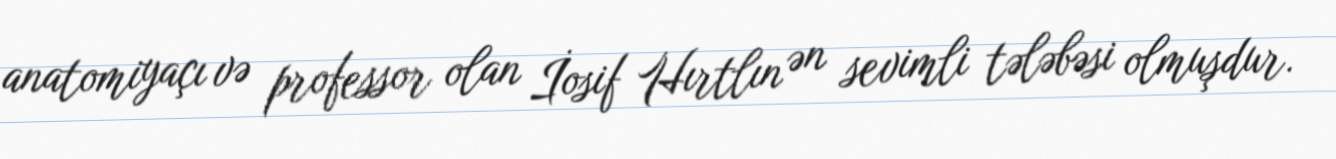
anatomiyaçı və professor olan İosif Hırtlın ən sevimli tələbəsi olmuşdur.